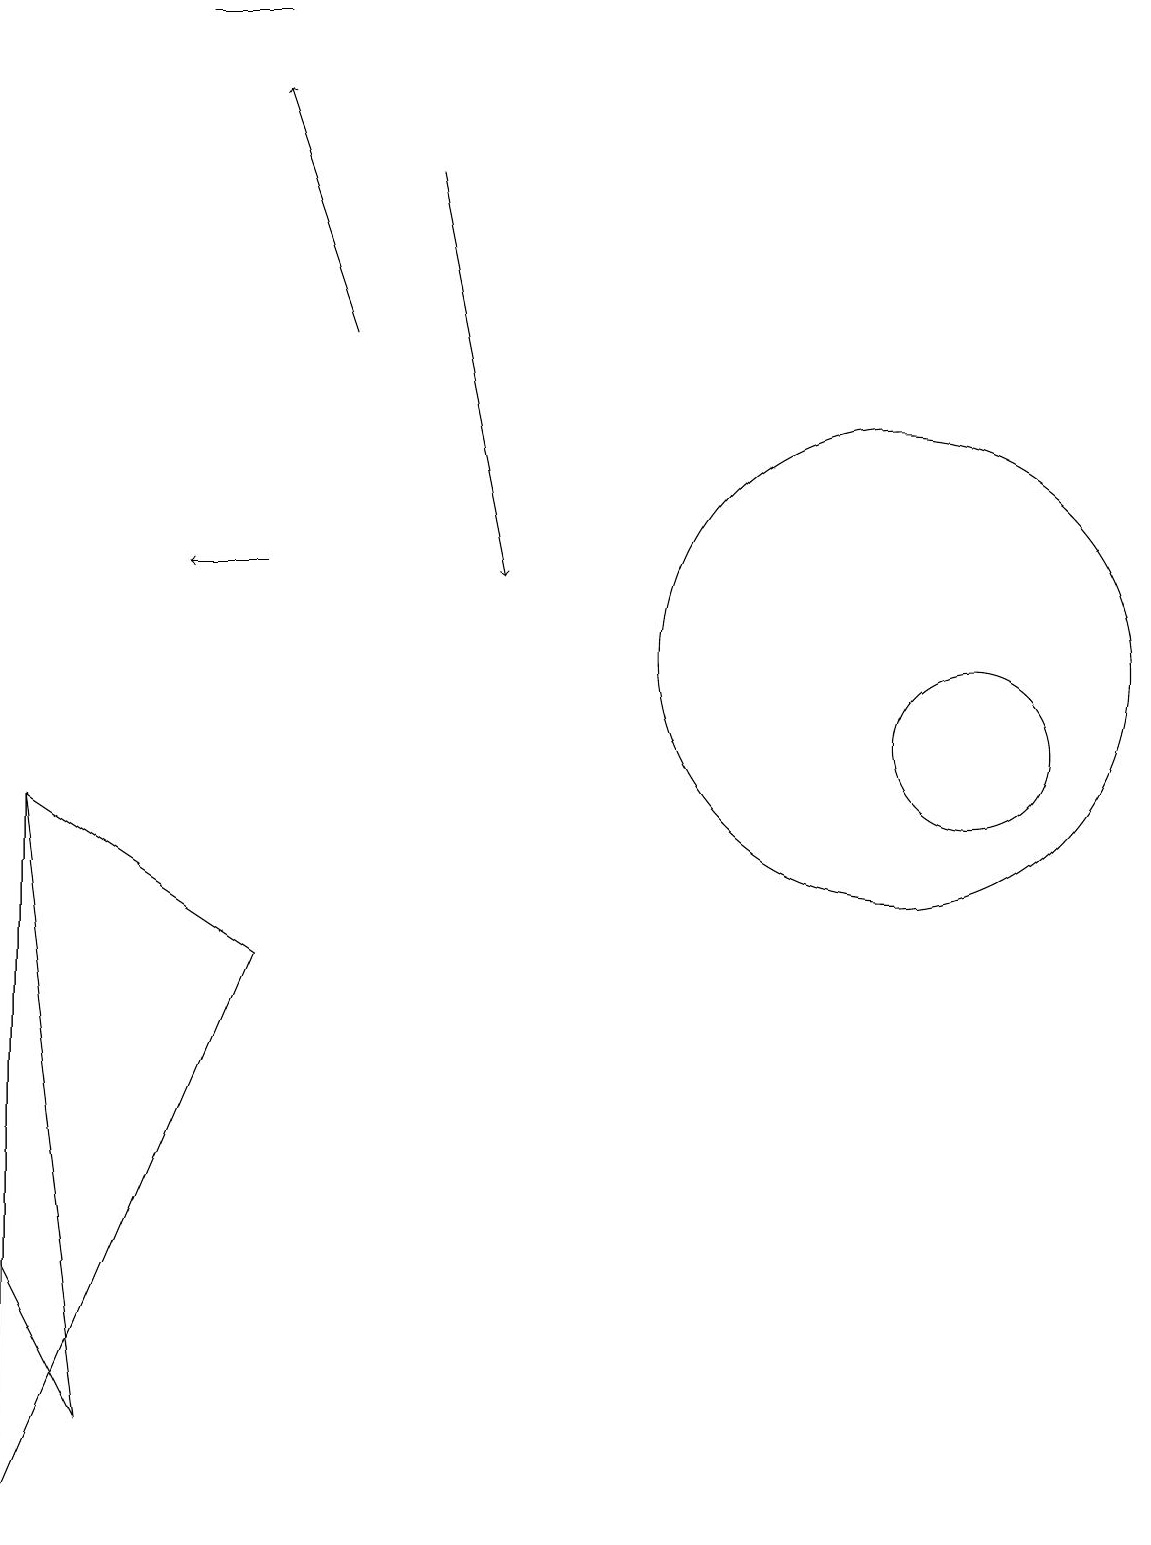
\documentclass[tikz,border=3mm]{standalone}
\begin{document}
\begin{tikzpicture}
\draw (0,9) -- (1,1) -- (0,3) -- cycle;
\draw[->] (3,12) -- (2,12);
\draw (11,11) circle (3);
\draw (0,0) -- (0,9) -- (3,7) -- cycle;
\draw (12,10) circle (1);
\draw[->] (5,17) -- (6,12);
\draw[->] (4,15) -- (3,18);
\draw (2,19) rectangle (3,19);
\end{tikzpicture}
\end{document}